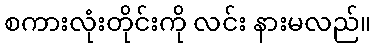
စကားလုံးတိုင်းကို လင်း နားမလည်။